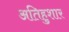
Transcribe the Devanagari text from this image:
अतिहुशार